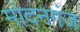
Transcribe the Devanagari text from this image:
मोदनगंज